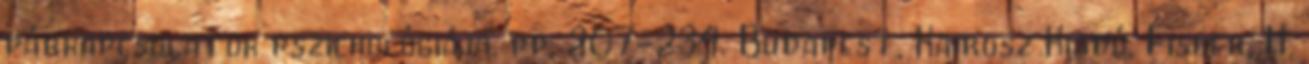
párkapcsolatok pszichológiája. pp. 207-234. Budapest, Kairosz Kiadó. Fisher, H.